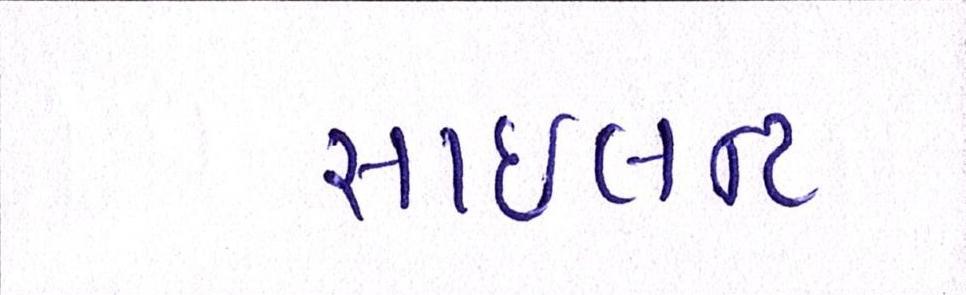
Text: સાઇલન્ટ